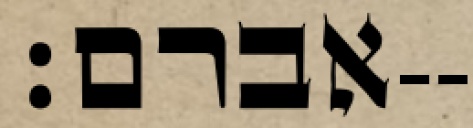
אברם׃--